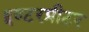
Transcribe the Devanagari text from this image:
इण्टरप्रीटर